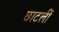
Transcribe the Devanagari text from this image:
छाटलीं